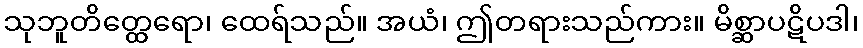
သုဘူတိတ္ထေရော၊ ထေရ်သည်။ အယံ၊ ဤတရားသည်ကား။ မိစ္ဆာပဋိပဒါ၊